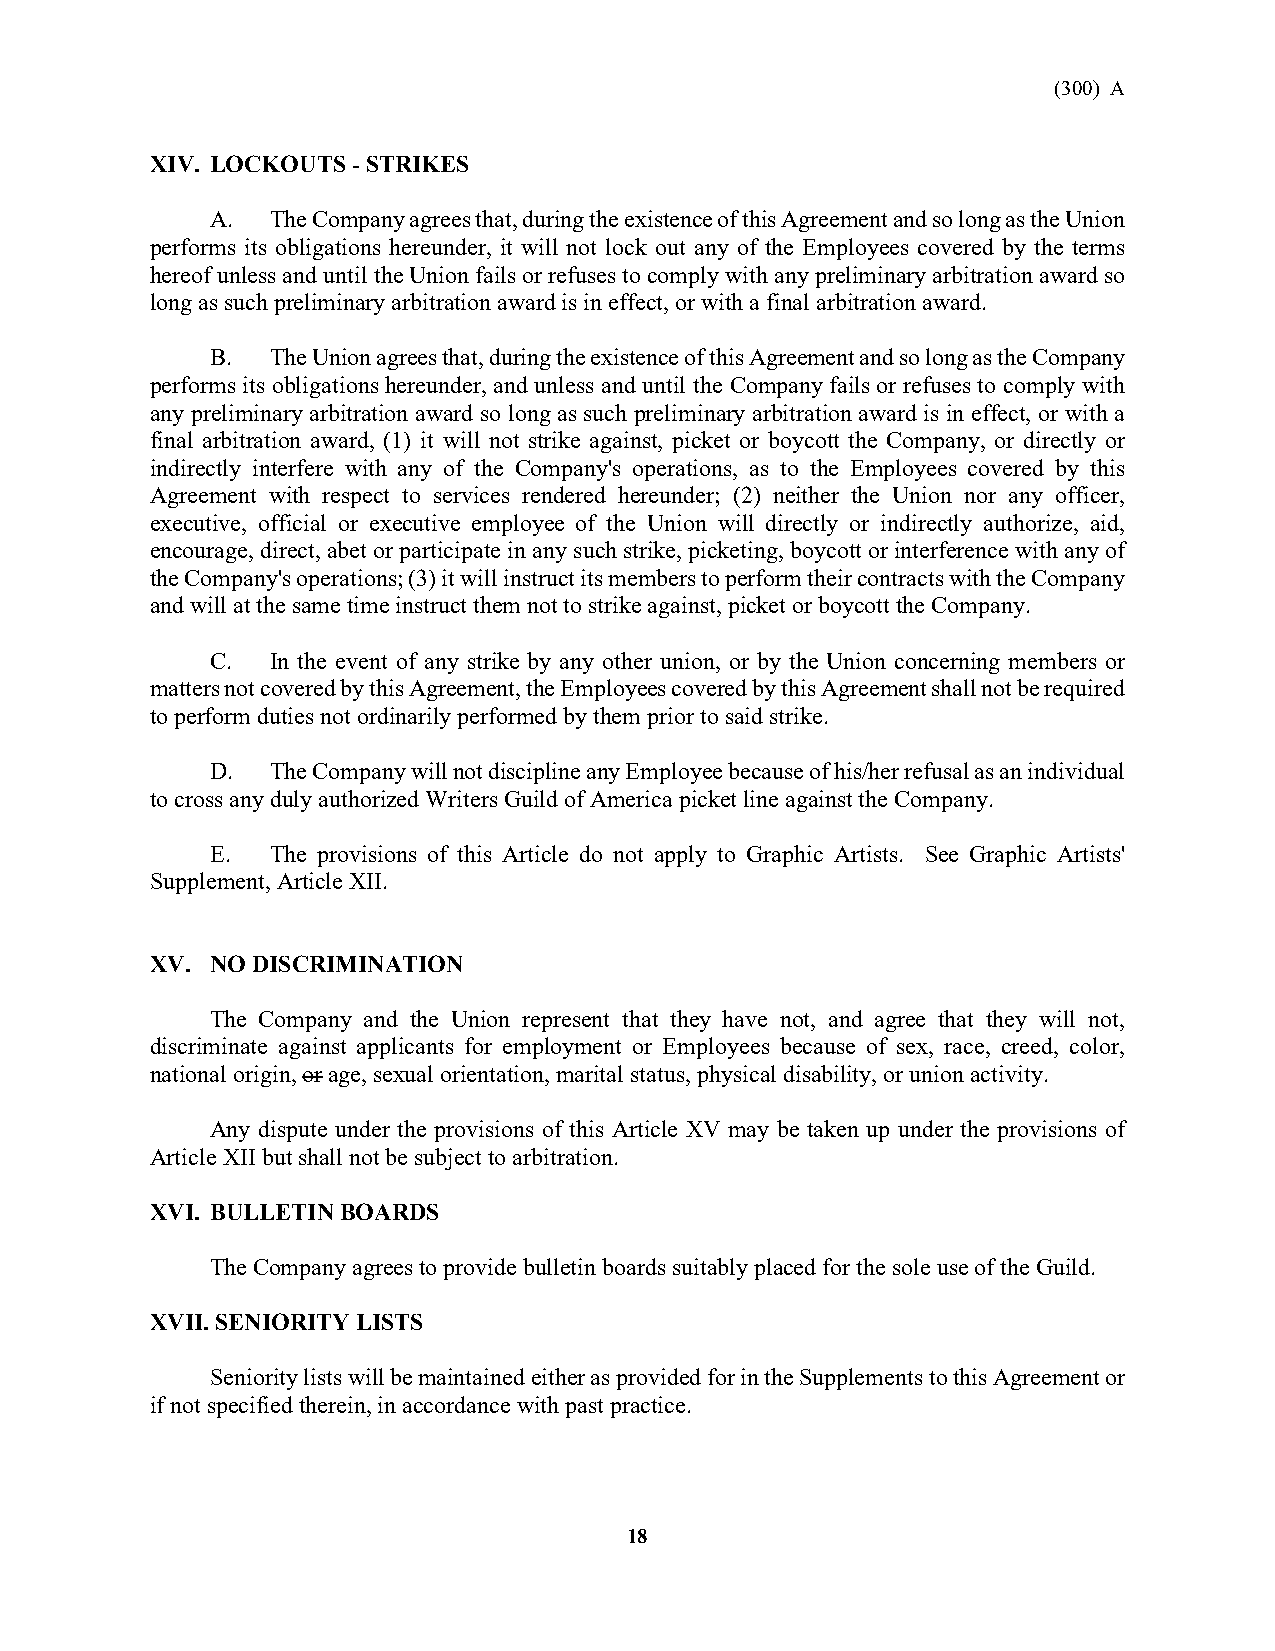
(300) A
 XIV. LOCKOUTS - STRIKES
 A.  The Company agrees that, during the existence of this Agreement and so long as the Union
 performs its obligations hereunder, it will not lock out any of the Employees covered by the terms
 hereof unless and until the Union fails or refuses to comply with any preliminary arbitration award so
 long as such preliminary arbitration award is in effect, or with a final arbitration award.
 B.  The Union agrees that, during the existence of this Agreement and so long as the Company
 performs its obligations hereunder, and unless and until the Company fails or refuses to comply with
 any preliminary arbitration award so long as such preliminary arbitration award is in effect, or with a
 final arbitration award, (1) it will not strike against, picket or boycott the Company, or directly or
 indirectly interfere with any of the Company's operations, as to the Employees covered by this
 Agreement with respect to services rendered hereunder; (2) neither the Union nor any officer,
 executive, official or executive employee of the Union will directly or indirectly authorize, aid,
 encourage, direct, abet or participate in any such strike, picketing, boycott or interference with any of
 the Company's operations; (3) it will instruct its members to perform their contracts with the Company
 and will at the same time instruct them not to strike against, picket or boycott the Company.
 C.  In the event of any strike by any other union, or by the Union concerning members or
 matters not covered by this Agreement, the Employees covered by this Agreement shall not be required
 to perform duties not ordinarily performed by them prior to said strike.
 D.  The Company will not discipline any Employee because of his/her refusal as an individual
 to cross any duly authorized Writers Guild of America picket line against the Company.
 E.  The provisions of this Article do not apply to Graphic Artists. See Graphic Artists'
 Supplement, Article XII.
 XV. NO DISCRIMINATION
 The Company and the Union represent that they have not, and agree that they will not,
 discriminate against applicants for employment or Employees because of sex, race, creed, color,
 national origin, or age, sexual orientation, marital status, physical disability, or union activity.
 Any dispute under the provisions of this Article XV may be taken up under the provisions of
 Article XII but shall not be subject to arbitration.
 XVI. BULLETIN BOARDS
 The Company agrees to provide bulletin boards suitably placed for the sole use of the Guild.
 XVII. SENIORITY LISTS
 Seniority lists will be maintained either as provided for in the Supplements to this Agreement or
 if not specified therein, in accordance with past practice.
 18